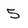
Character: 5